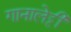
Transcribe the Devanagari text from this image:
गानालेट्टी